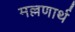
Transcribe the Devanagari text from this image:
मल्लणार्थ